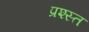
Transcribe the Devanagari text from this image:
प्रश्स्त